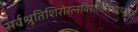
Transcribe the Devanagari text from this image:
सर्वश्रुतिशिरोरत्नविराजितपदांबुजम्